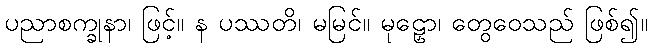
ပညာစက္ခုနာ၊ ဖြင့်။ န ပဿတိ၊ မမြင်။ မုဠှော၊ တွေဝေသည် ဖြစ်၍။